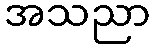
အသညာ